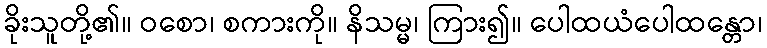
ခိုးသူတို့၏။ ဝစော၊ စကားကို။ နိသမ္မ၊ ကြား၍။ ပေါထယံပေါထန္တော၊